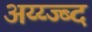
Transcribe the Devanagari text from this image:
अय्य्ज्ब्द